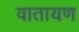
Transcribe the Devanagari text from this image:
वातायण